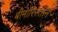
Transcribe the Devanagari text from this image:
बीमारिस्तान